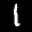
Label: 1